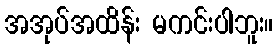
အအုပ်အထိန်း မကင်းပါဘူး။